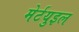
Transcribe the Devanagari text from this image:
मेर्टयुइल